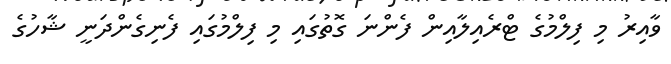
ވާއިރު މި ފިލްމުގެ ޓްރެއިލާއިން ފެންނަ ގޮތުގައި މި ފިލްމުގައި ފެނިގެންދަނީ ޝާހުގެ